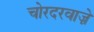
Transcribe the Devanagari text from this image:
चोरदरवाज़े